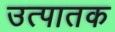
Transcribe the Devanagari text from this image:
उत्पातक